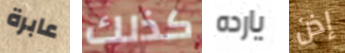
عابرة كذلك يارده إذن